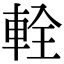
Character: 輇